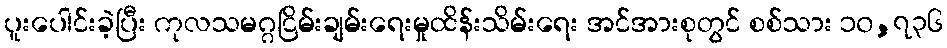
ပူးပေါင်းခဲ့ပြီး ကုလသမဂ္ဂငြိမ်းချမ်းရေးမှုထိန်းသိမ်းရေး အင်အားစုတွင် စစ်သား ၁၀,၇၃၆